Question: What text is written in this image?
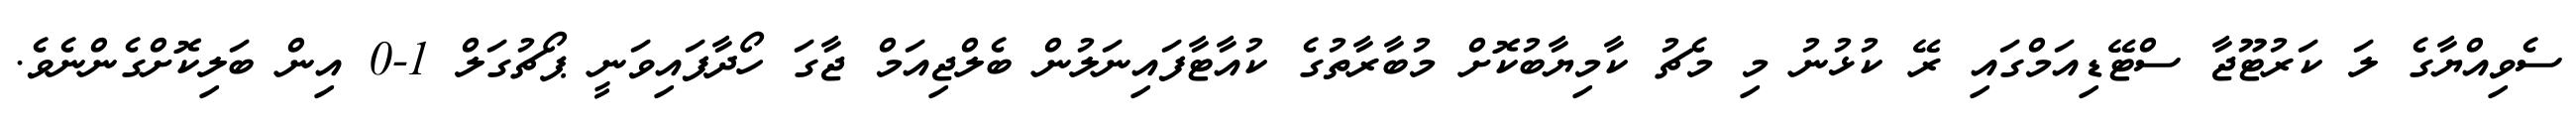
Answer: ސެވިއްޔާގެ ލަ ކަރުޓޫޖާ ސްޓޭޑިއަމްގައި ރޭ ކުޅުނު މި މެޗު ކާމިޔާބުކޮށް މުބާރާތުގެ ކުއާޓާފައިނަލުން ބެލްޖިއަމް ޖާގަ ހޯދާފައިވަނީ ޕޯޗުގަލް 1-0 އިން ބަލިކޮށްގެންނެވެ.